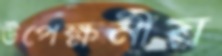
উপেক্ষনীয়